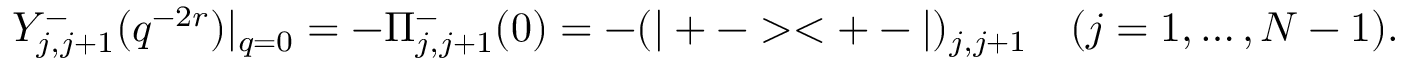
Y _ { j , j + 1 } ^ { - } ( q ^ { - 2 r } ) | _ { q = 0 } = - \Pi _ { j , j + 1 } ^ { - } ( 0 ) = - ( | + - > < + - | ) _ { j , j + 1 } \quad ( j = 1 , \dots , N - 1 ) .